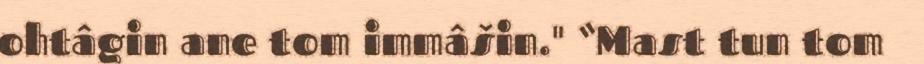
ohtâgin ane tom immâšin." “Mast tun tom